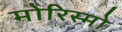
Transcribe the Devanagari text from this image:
मोरिस्मो